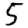
Digit: 5